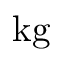
\mathrm { k g }